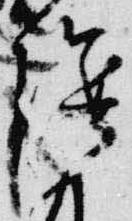
陰